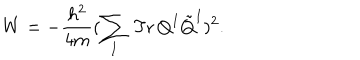
LaTeX: W = - \frac { h ^ { 2 } } { 4 m } ( \sum _ { I } \, \mathrm { T r } \, Q ^ { I } \tilde { Q } ^ { I } ) ^ { 2 } .